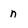
Character: n